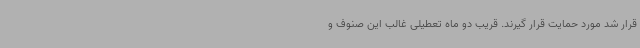
قرار شد مورد حمایت قرار گیرند. قریب دو ماه تعطیلی غالب این صنوف و